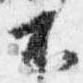
不